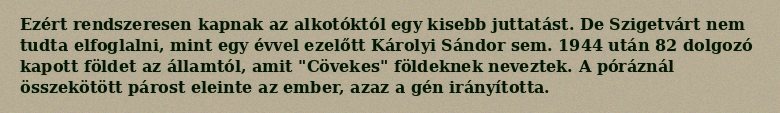
Ezért rendszeresen kapnak az alkotóktól egy kisebb juttatást. De Szigetvárt nem tudta elfoglalni, mint egy évvel ezelőtt Károlyi Sándor sem. 1944 után 82 dolgozó kapott földet az államtól, amit "Cövekes" földeknek neveztek. A póráznál összekötött párost eleinte az ember, azaz a gén irányította.